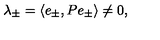
\lambda _ { \pm } = \langle e _ { \pm } , P e _ { \pm } \rangle \neq 0 ,